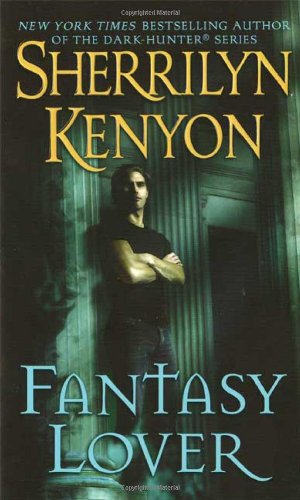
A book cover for Fantasy Lover; Sherrilyn Kenyon; Romance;